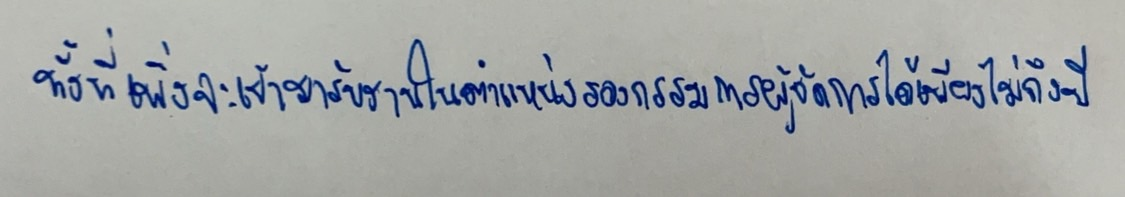
ทั้งที่เพิ่งจะเข้ามารับงานในตำแหน่งรองกรรมการผู้จัดการได้เพียงไม่ถึงปี